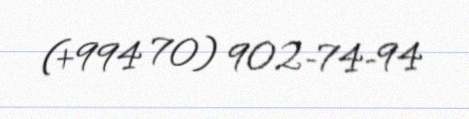
(+994 70) 902-74-94